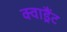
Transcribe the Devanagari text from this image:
क्वाड्रैंट